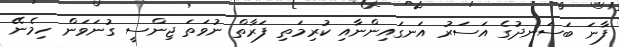
ފާނަ ބަސަނދުގެ އަސަރު އަނގައިންނާއި ކުރިމަތި ފަރާތް ނުވަތަ ޖިންސީ ގުނަވަން ހިމެނޭ